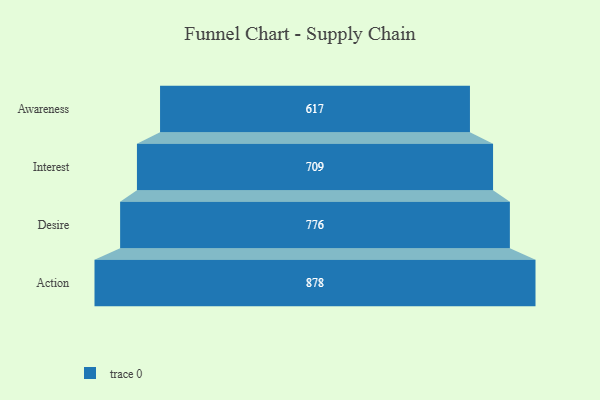
{"axis": {"x": "Stage", "y": "Value"}, "legend": [""], "data": [{"x": "Awareness", "y": 617.0, "type": ""}, {"x": "Interest", "y": 709.0, "type": ""}, {"x": "Desire", "y": 776.0, "type": ""}, {"x": "Action", "y": 878.0, "type": ""}]}